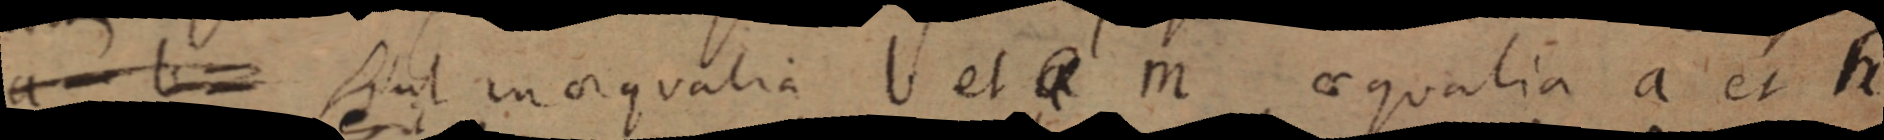
a - b = sint in aequalia b et a M aequalia a et h